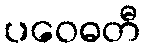
ပဝေဓတီ